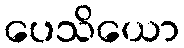
ပေသိယော